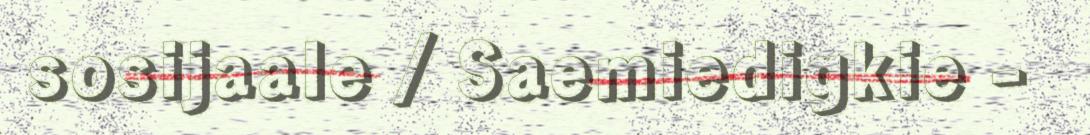
sosijaale / Saemiedigkie -